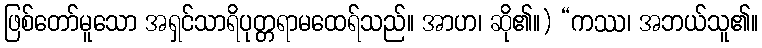
ဖြစ်တော်မူသော အရှင်သာရိပုတ္တရာမထေရ်သည်။ အာဟ၊ ဆို၏။) “ကဿ၊ အဘယ်သူ၏။